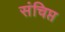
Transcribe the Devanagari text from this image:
संचिप्त